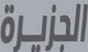
الجزیرة